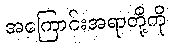
အကြောင်းအရာတို့ကို